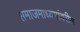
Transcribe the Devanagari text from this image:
समाजमाध्यमांवरील